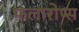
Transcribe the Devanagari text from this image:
फलारोप्स